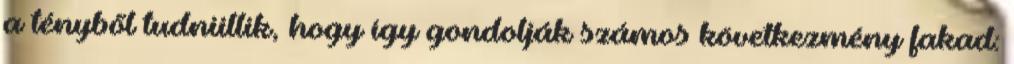
a tényből tudniillik, hogy így gondolják számos következmény fakad: